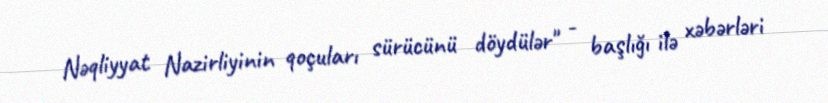
Nəqliyyat Nazirliyinin qoçuları sürücünü döydülər" - başlığı ilə xəbərləri